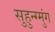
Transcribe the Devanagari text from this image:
सुहुन्ग्मुंग